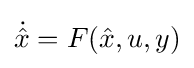
{\dot {\hat {x}}}=F({\hat {x}},u,y)